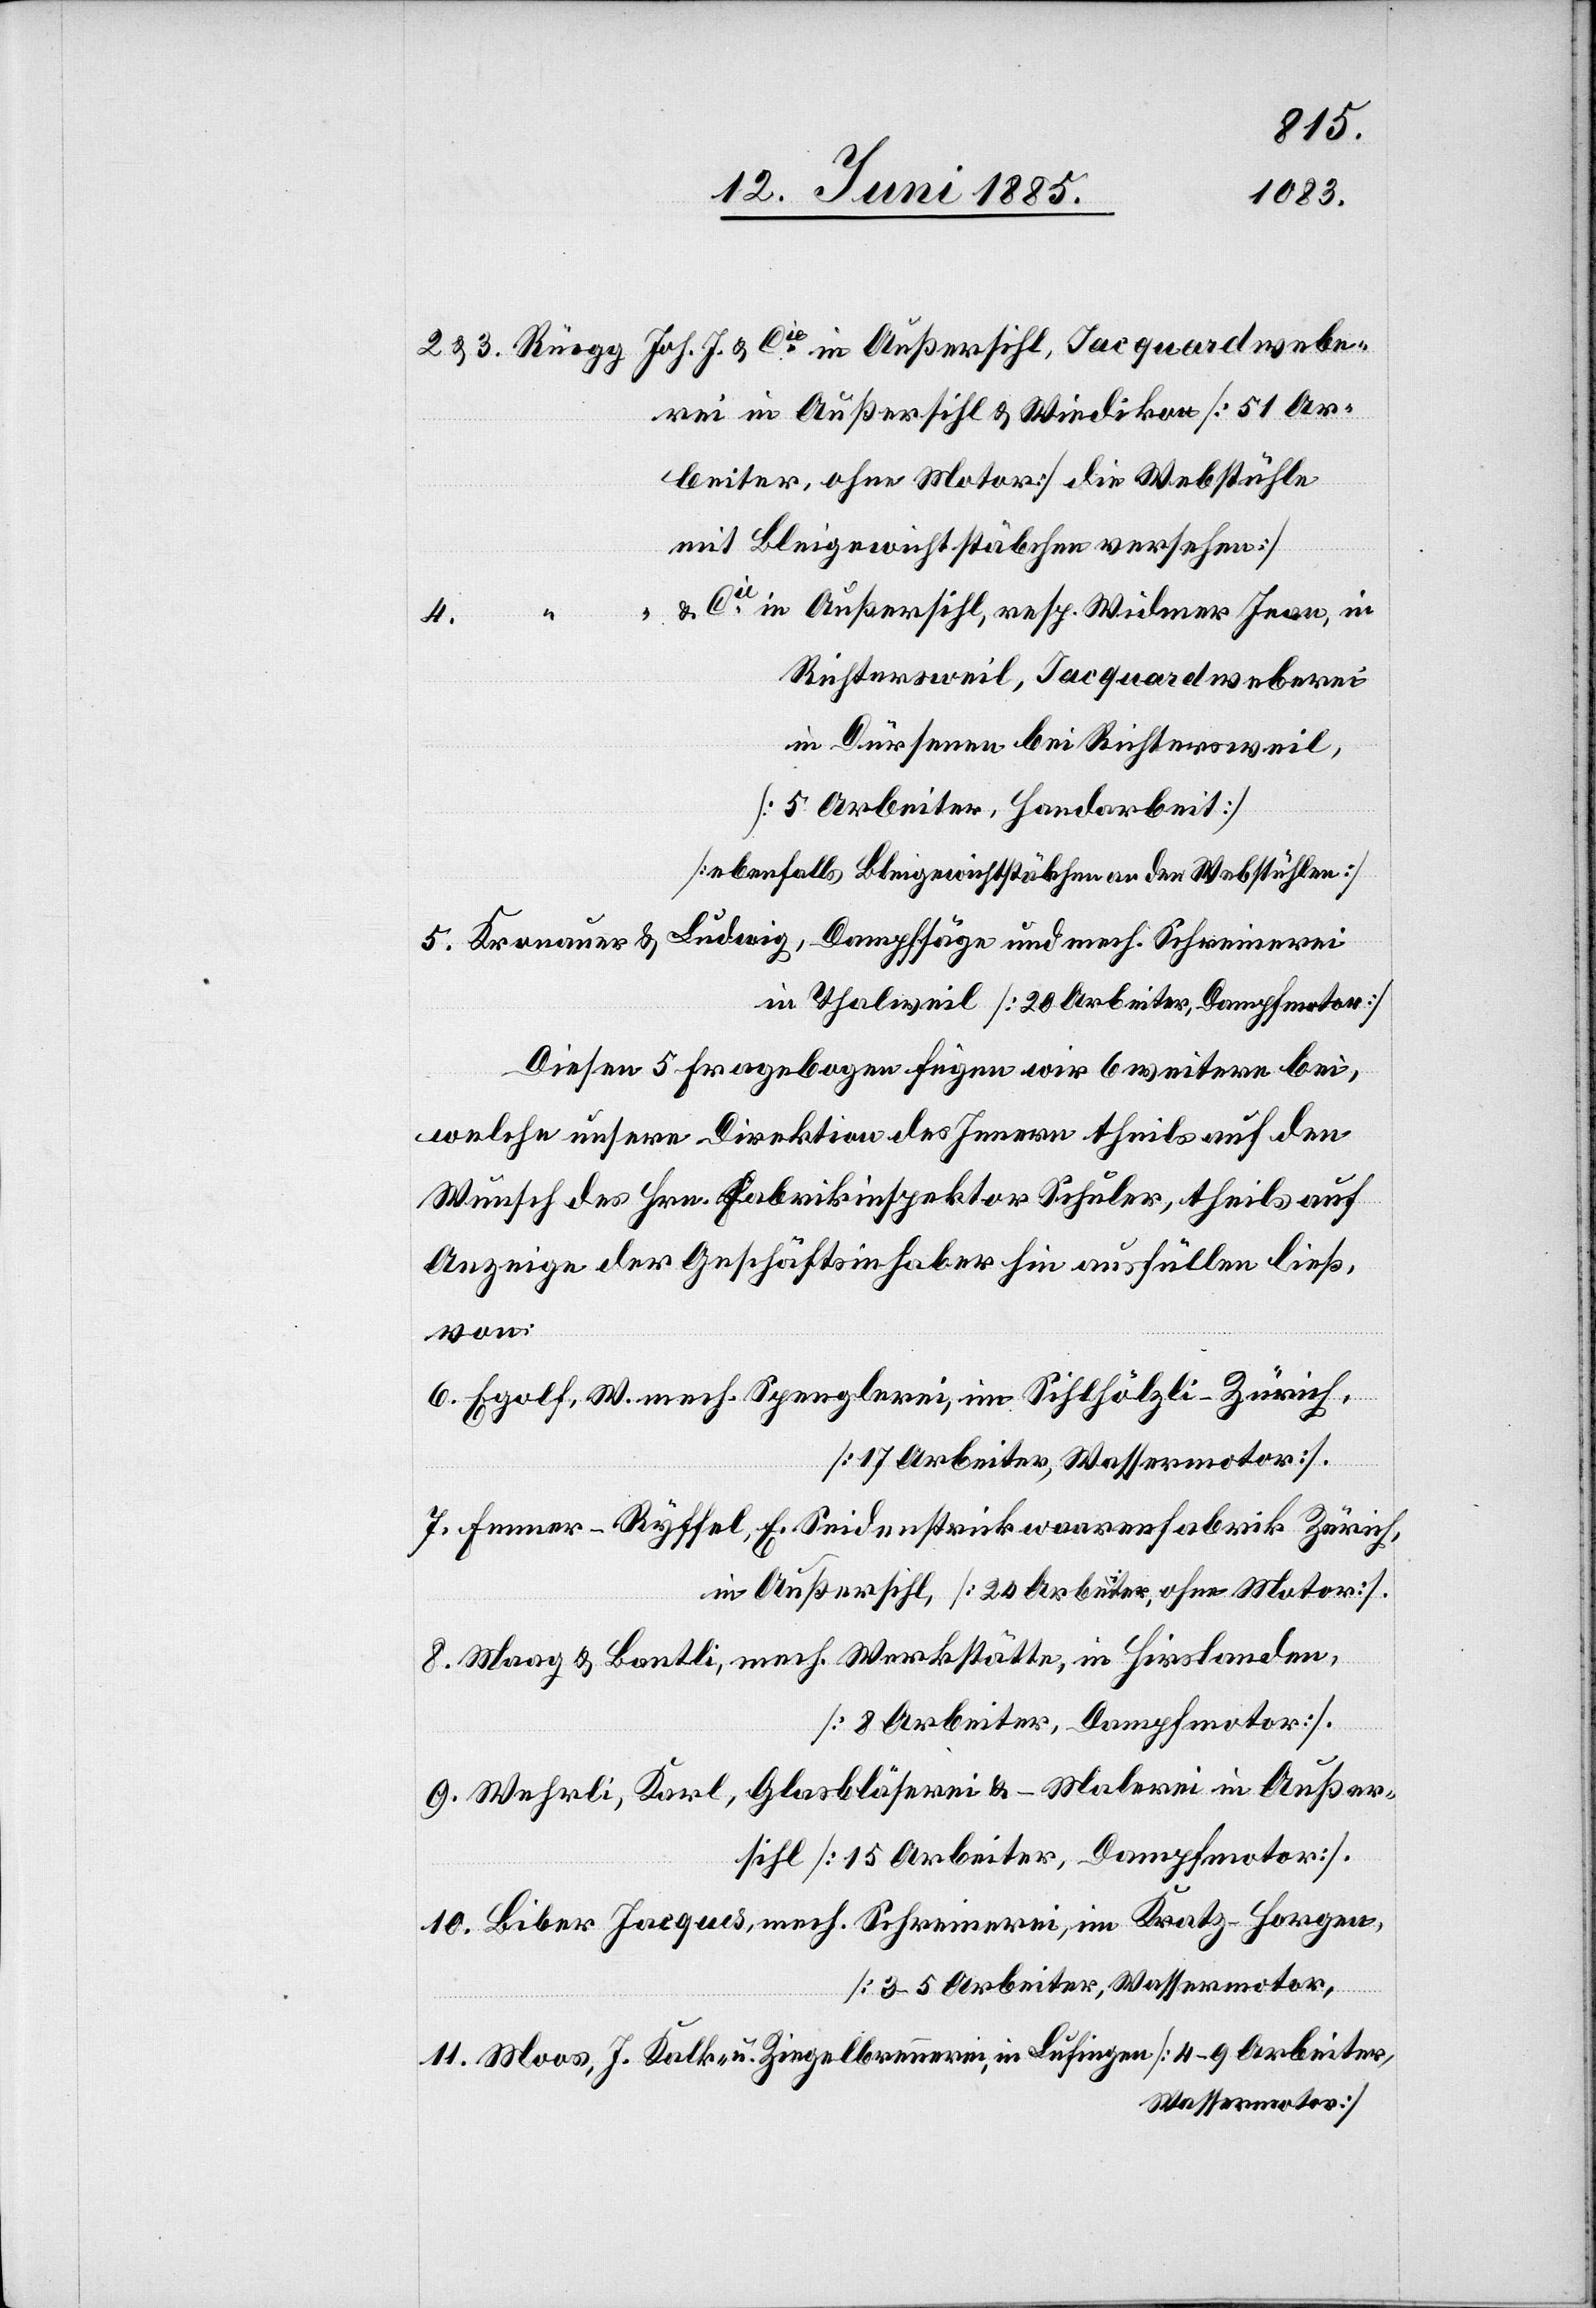
& Cie in Außersihl. Jacquardwebe¬
rei in Außersihl & Wiedikon [51 Ar¬
beiter, ohne Motor] [die Webstühle
mit Bleigewichtstäbchen versehen].
11.
& Cie in Außersihl, resp. Widmer Jean, in
5.
Richtersweil, Jacquardweberei
in Dürsenen bei Richtersweil,
[5 Arbeiter, Handarbeit]
[ebenfalls Bleigewichtsstäbchen an den Webstühlen].
Kronauer & Ludwig, Dampfsäge und mech. Schreinerei
in Thalweil [20 Arbeiter, Dampfmotor].
Diesen 5 Fragebogen fügen wir 6 weitere bei,
welche unsere Direktion des Innern theils auf den
Wunsch des Hrn. Fabrikinspektor Schuler, theils auf
Anzeige der Geschäftsinhaber hin ausfüllen ließ
von:
Egolf, W. mech. Spenglerei, im Sihlhölzli - Zürich,
[3–5 Arbeiter, Wassermotor].
Fenner-Ryffel, E. Seidenstrickwaarenfabrik Zürich,
in Außersihl, [24 Arbeiter, ohne Motor].
Maag & Bontli, mech. Werkstätte, in Hirslanden,
[8 Arbeiter, Dampfmotor].
Wehrli, Karl, Glasbläserei & -Weberei in Außer¬
sihl [15 Arbeiter, Dampfmotor].
Biber Jacques, mech. Schreinerei, im Kratz - Horgen,
Moos, J. Kalk- u. Ziegelbrennerei, in Lufingen [4–9 Arbeiter,
Wassermotor].